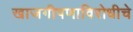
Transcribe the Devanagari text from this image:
खाजगीपणाविरोधीचे